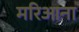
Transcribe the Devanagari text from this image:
मरिआना